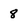
Character: 8